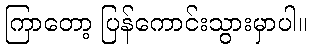
ကြာတော့ ပြန်ကောင်းသွားမှာပါ။